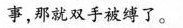
事，那就双手被缚了。